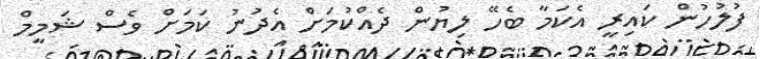
ފުލުހުން ކައިރީ އެކަމާ ބެހޭ ލިޔުން ދެއްކުމަށް އެދުނު ކަމަށް ވެސް ޝަމީމް